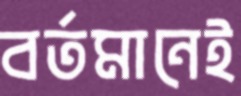
বর্তমানেই